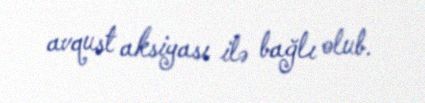
avqust aksiyası ilə bağlı olub.